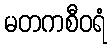
မတကစီဝရံ